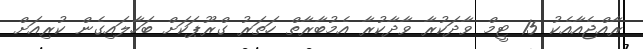
ރާއްޖެއާއެކު 15 ޓީމް ވާދަކުރާ ވާދާކުރާ އެމުބާރާތް ހަތަރު ގްރޫޕަކަށް ބަހާލައިގެން ކުރިއަށް